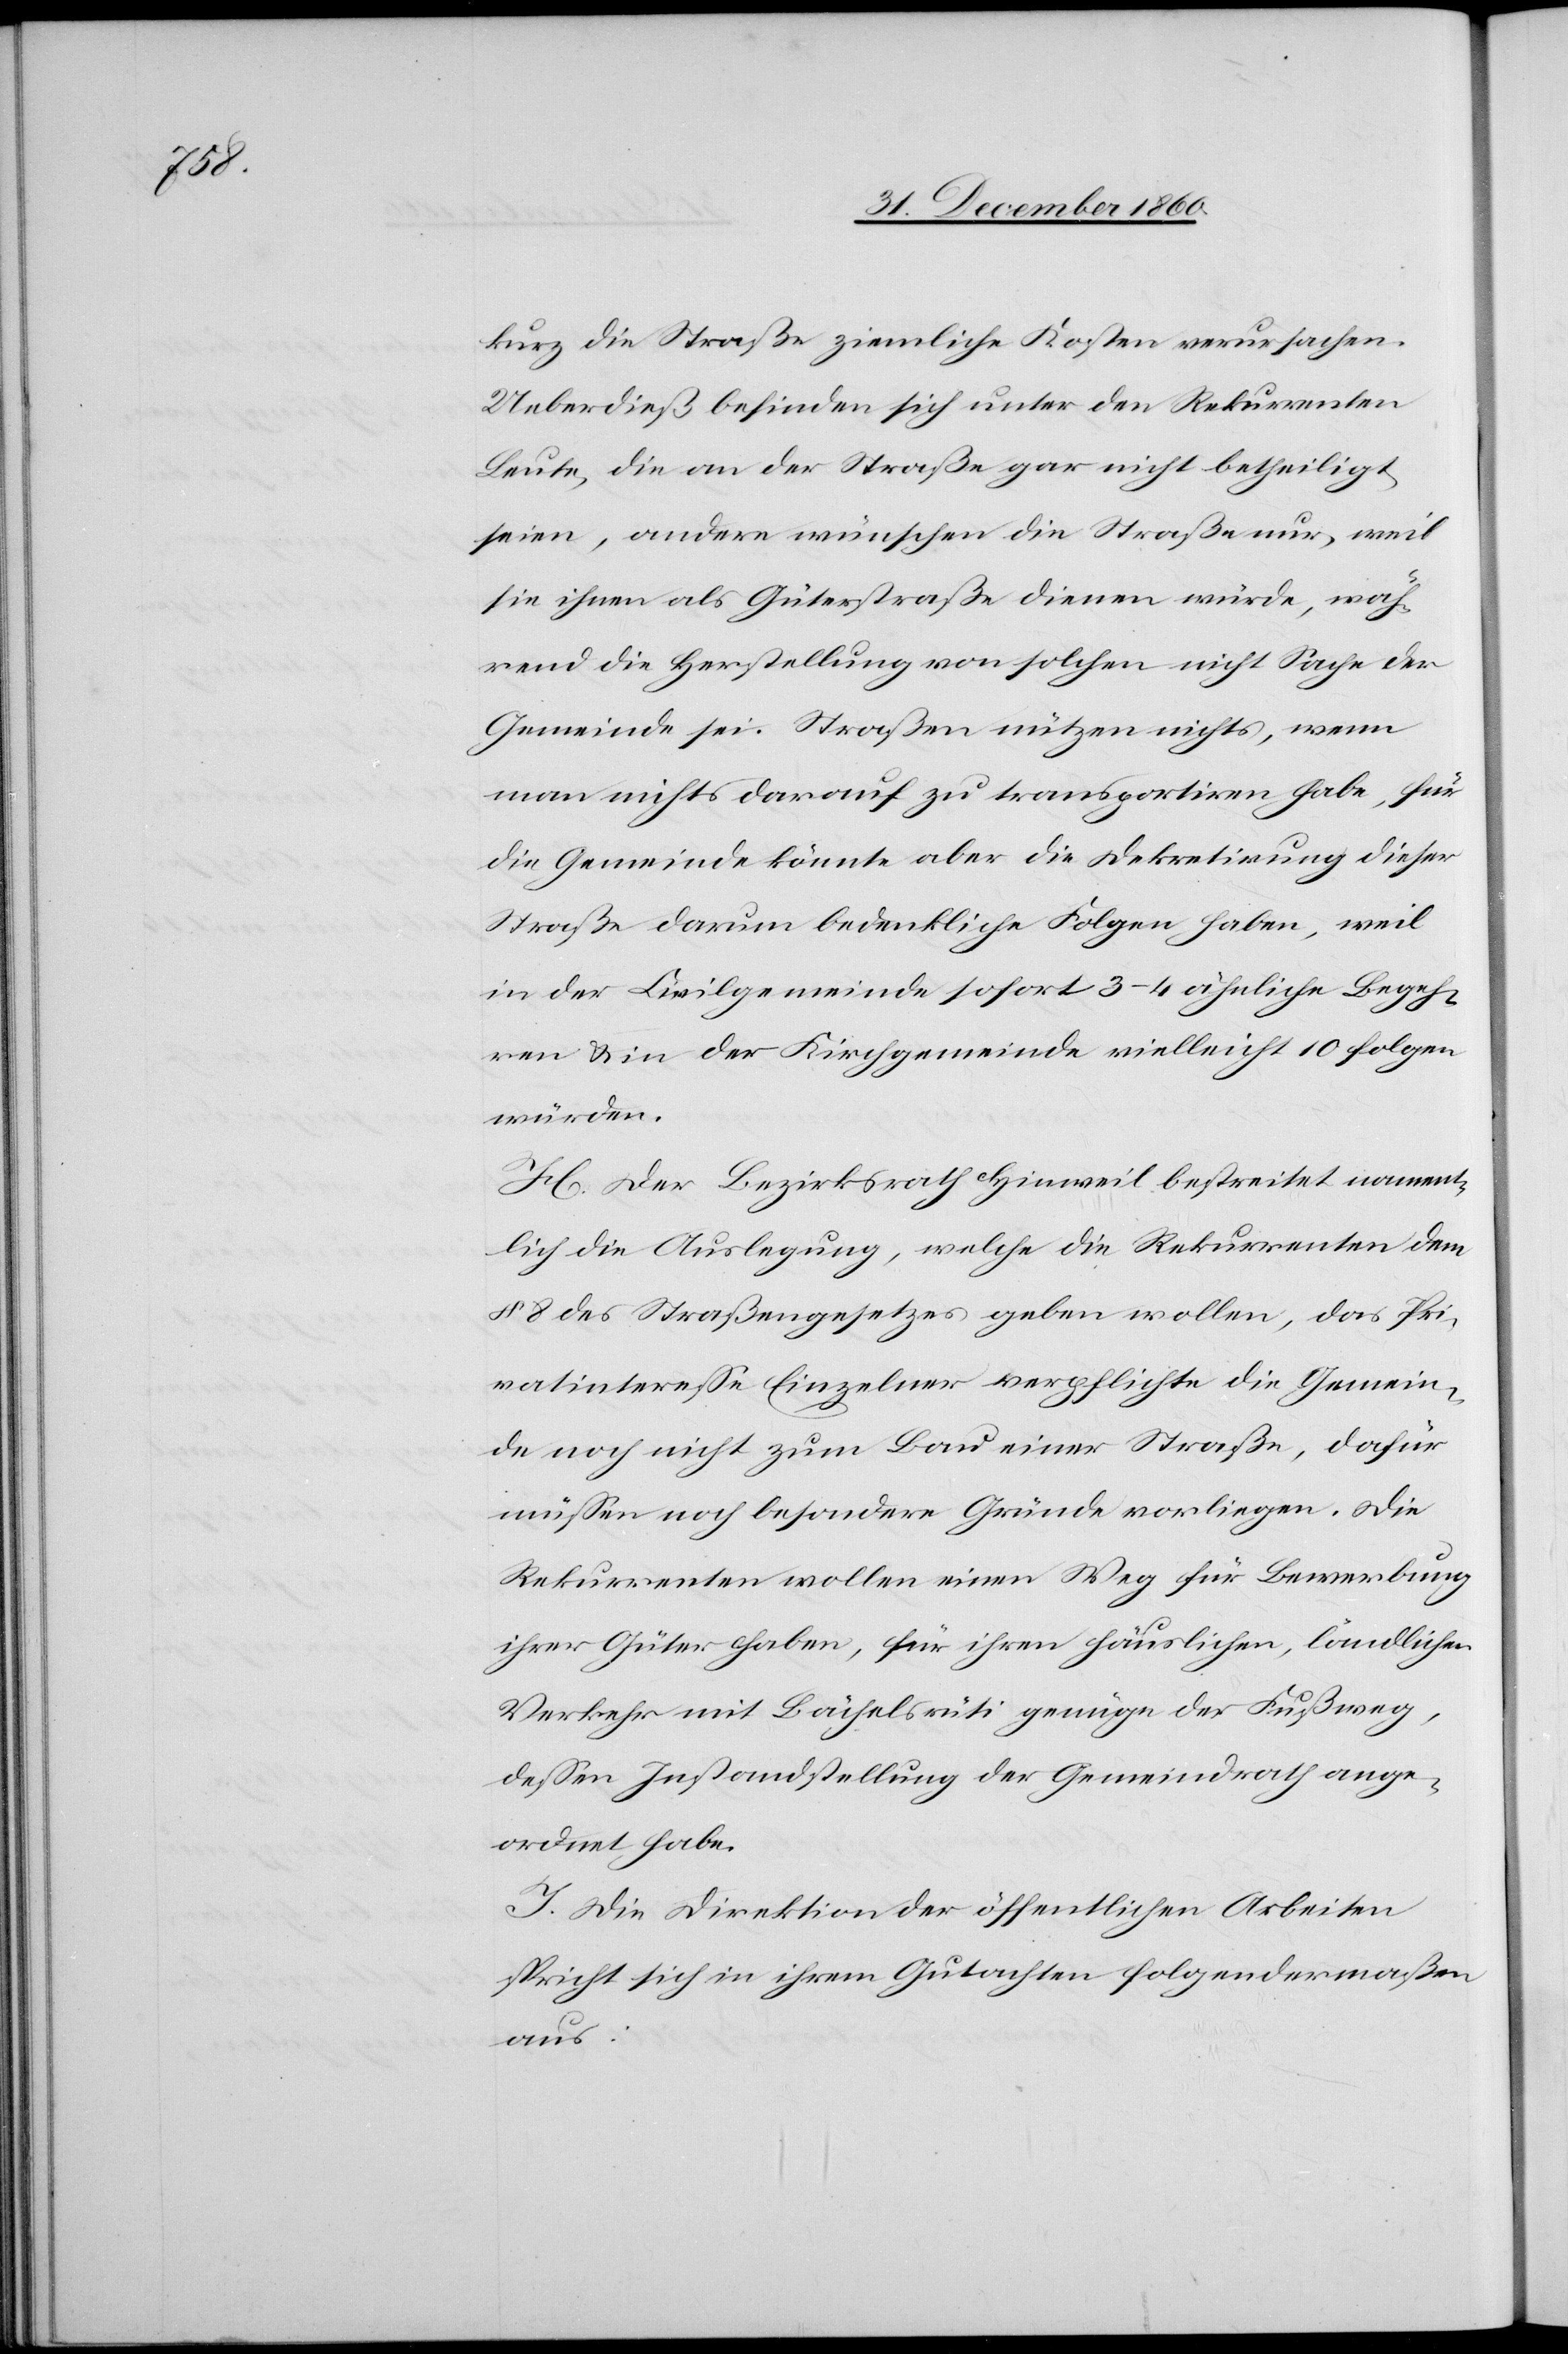
kurz die Straße ziemliche Kosten verursachen.
Ueberdieß befinden sich unter den Rekurrenten
Leute, die an der Straße gar nicht betheiligt
seien, andere wünschen die Straße nur, weil
sie ihnen als Güterstraße dienen würde, wäh¬
rend die Herstellung von solchen nicht Sache der
Gemeinde sei. Straßen nützen nichts, wenn
man nichts darauf zu transportiren habe, für
die Gemeinde könnte aber die Dekretirung dieser
Straße darum bedenkliche Folgen haben, weil
in der Civilgemeinde sofort 3–4 ähnliche Begeh¬
ren u. in der Kirchgemeinde vielleicht 10 folgen
würden.
H. Der Bezirksrath Hinweil bestreitet nament¬
lich die Auslegung, welche die Rekurrenten dem
§ 8 des Straßengesetzes geben wollen, das Pri¬
vatinteresse Einzelner verpflichte die Gemein¬
de noch nicht zum Bau einer Straße, dafür
müssen noch besondere Gründe vorliegen. Die
Rekurrenten wollen einen Weg für Bewerbung
ihrer Güter haben, für ihren häuslichen, ländlichen
Verkehr mit Bächelsrüti genüge der Fußweg,
dessen Instandstellung der Gemeindrath ange¬
ordnet habe.
I. Die Direktion der öffentlichen Arbeiten
spricht sich in ihrem Gutachten folgendermaßen
aus: